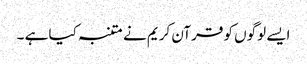
ایسے لوگوں کو قرآن کریم نے متنبہ کیا ہے ۔